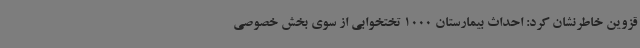
قزوین خاطرنشان کرد: احداث بیمارستان 1000 تختخوابی از سوی بخش خصوصی